NAE_EAOK_eestikeelsed_sunnimeetrikad, lk 42
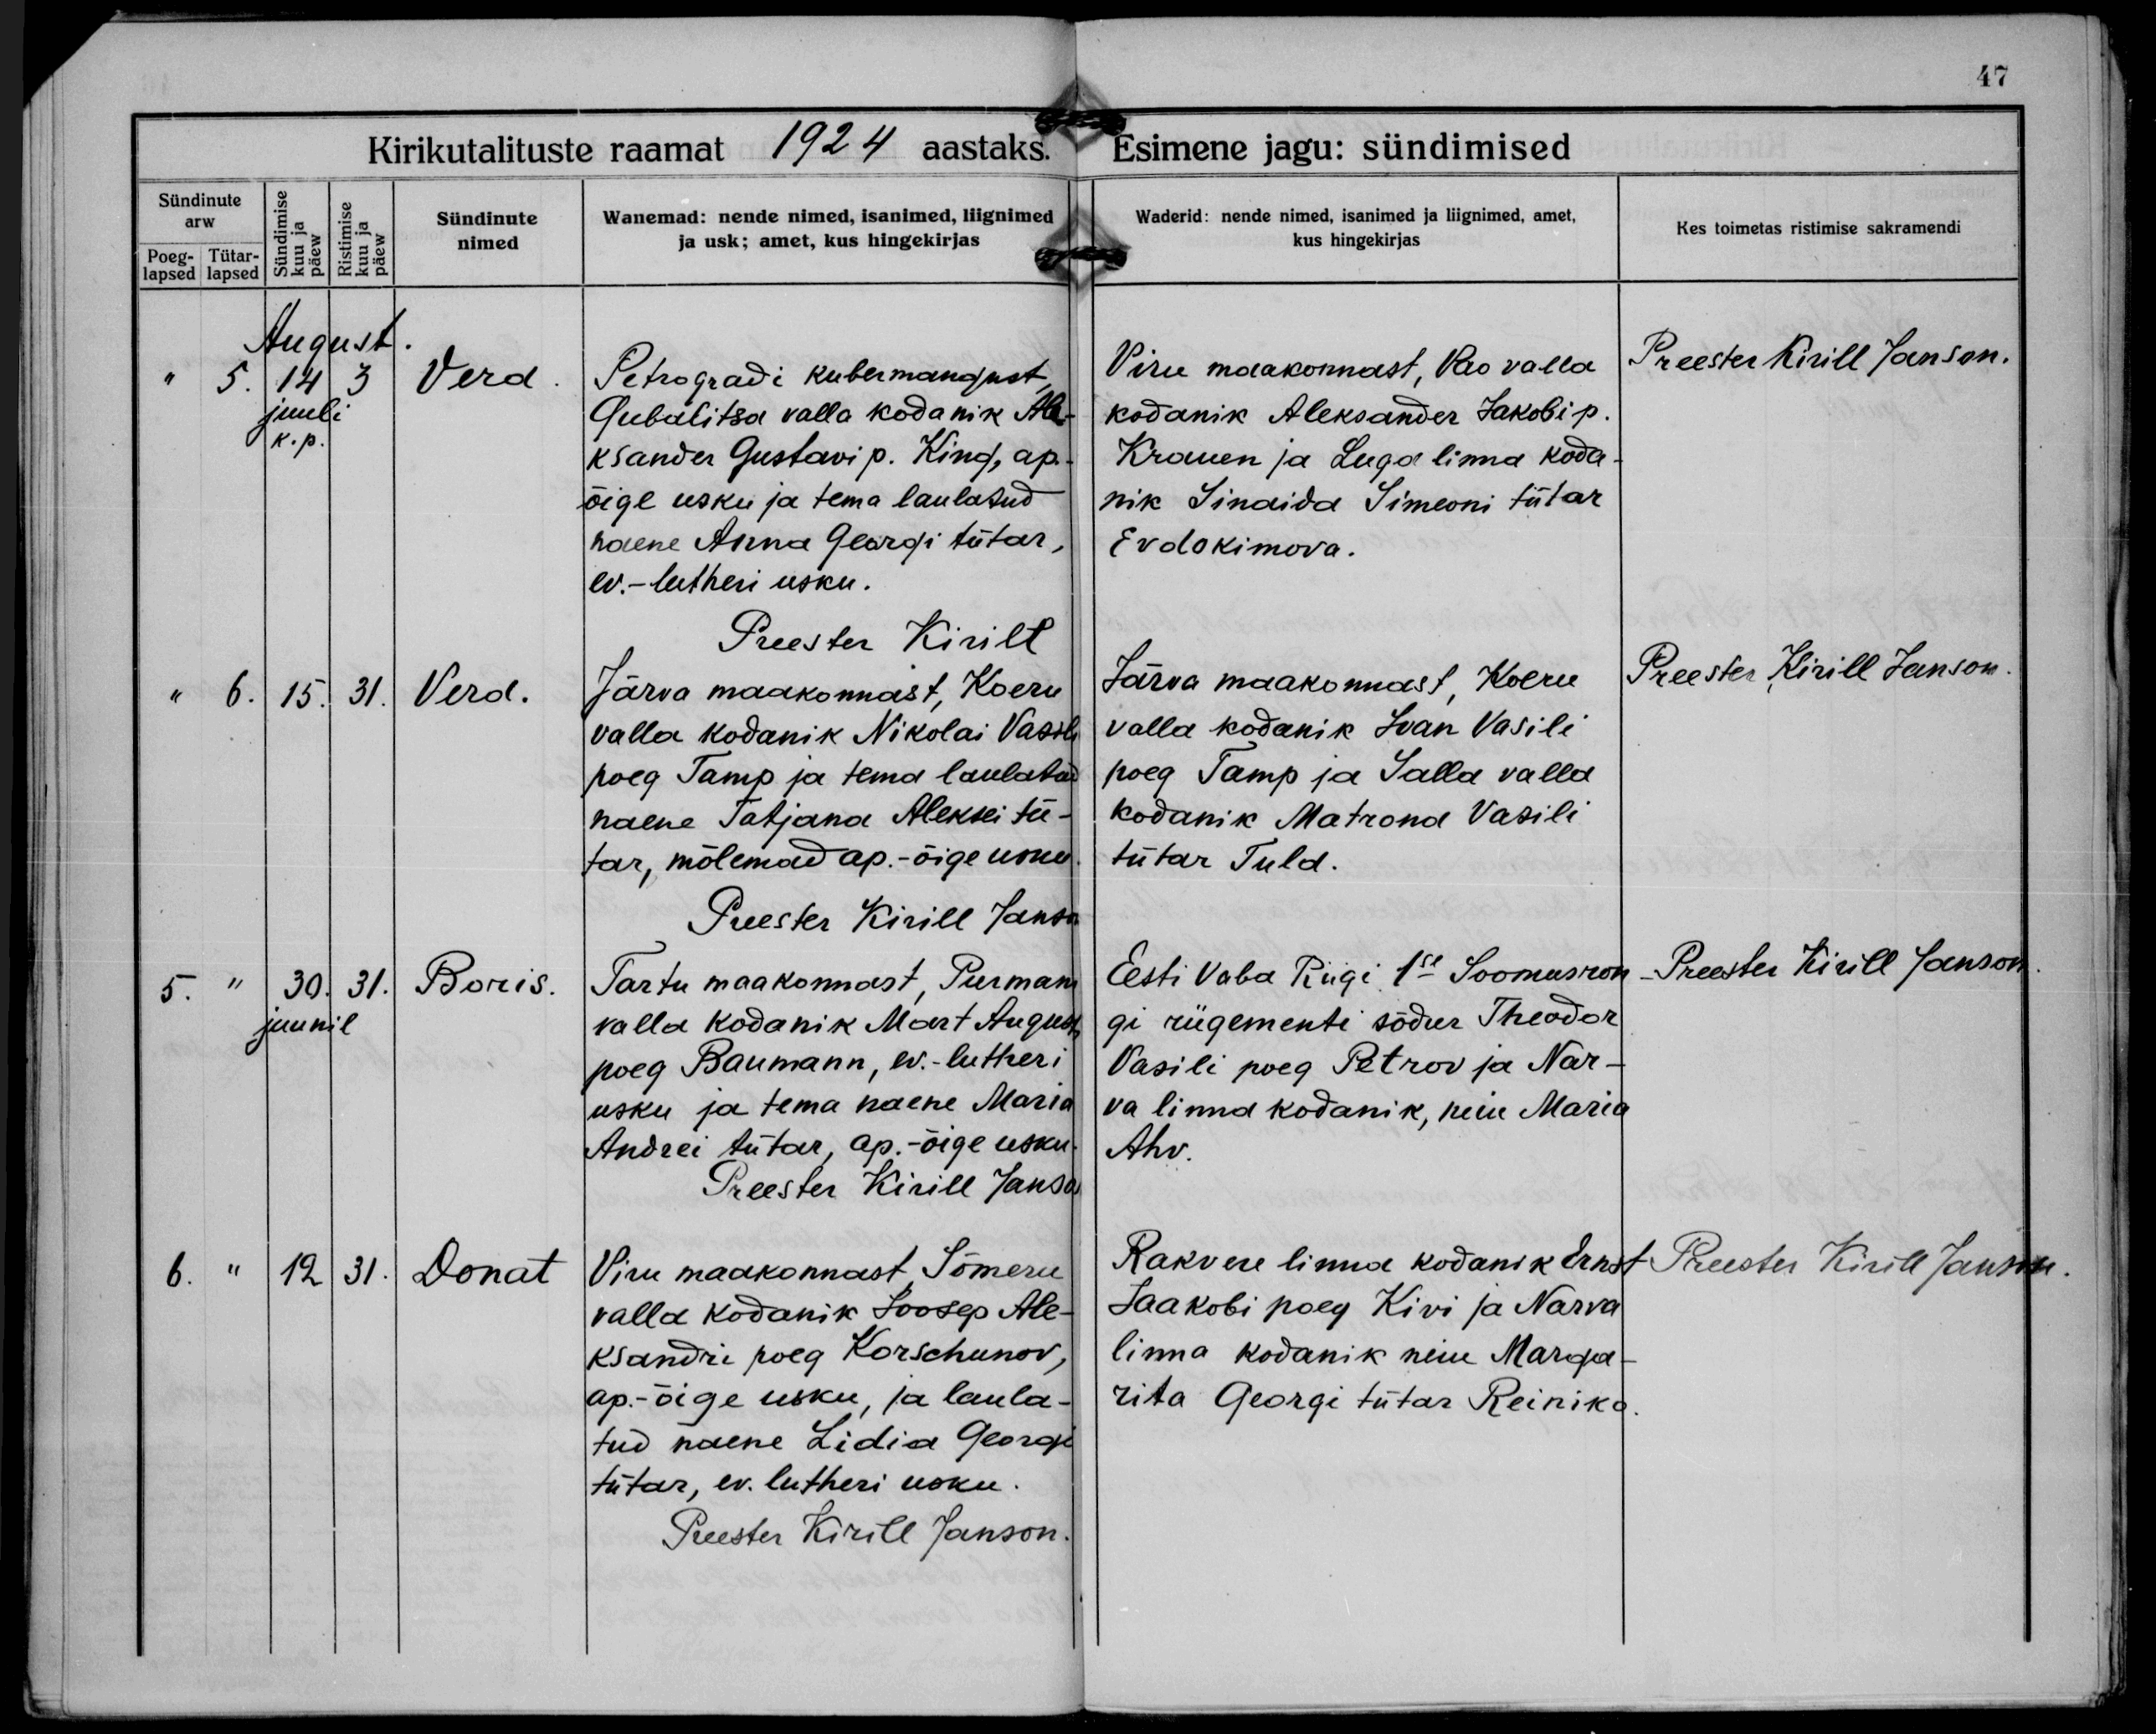
Vera

Vera.

Boris.

Donat

Petrogradi kubermangust
Gubalitsa valla kodanik Ale-
ksander Gustavi p. King, ap.-
õige usku ja tema laulatud
naene Anna Georgi tütar,
ev.-lutheri usku.

Järva maakonnast, Koeru
valla kodanik Nikolai Vassili
poeg Tamp ja tema laulatud
naene Tatjana Aleksei tü-
tar, mõlemad ap.-õige usku.

Tartu maakonnast, Purmani
valla kodanik Mart Augusti
poeg Baumann, ev. lutheri
usku ja tema naene Maria
Andrei tütar, ap.-õige usku.

Viru maakonnast, Sõmeru
valla kodanik Joosep Ale-
ksandri poeg Korschunov,
ap.-õige usku, ja laula-
tud naene Lidia Georgi
tütar, ev. lutheri usku.